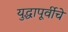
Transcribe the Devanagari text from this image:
युद्धापूर्वीचे